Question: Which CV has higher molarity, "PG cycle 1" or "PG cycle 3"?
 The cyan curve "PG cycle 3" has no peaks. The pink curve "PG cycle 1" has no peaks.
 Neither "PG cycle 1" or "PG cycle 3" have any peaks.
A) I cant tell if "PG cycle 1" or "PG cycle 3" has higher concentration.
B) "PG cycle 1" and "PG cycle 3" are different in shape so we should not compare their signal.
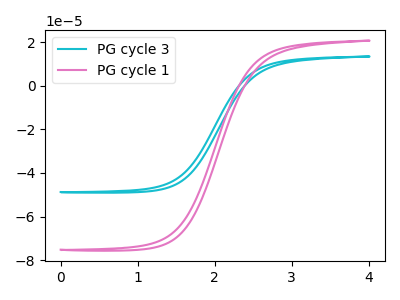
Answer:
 <answer>A) I cant tell if "PG cycle 1" or "PG cycle 3" has higher concentration.</answer>
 <eval>A</eval>